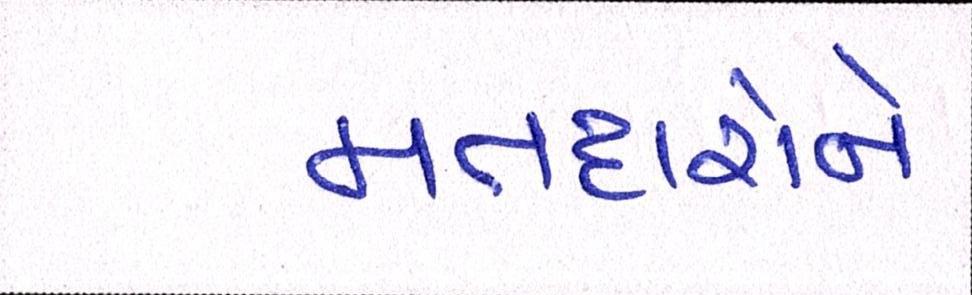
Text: મતદારોને